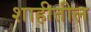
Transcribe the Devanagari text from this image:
शाहीतील